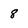
Character: 8